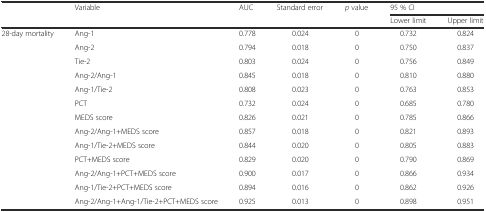
<table><thead><tr><td rowspan="2"></td><td rowspan="2"><b>Variable</b></td><td rowspan="2"><b>AUC</b></td><td rowspan="2"><b>Standard error</b></td><td rowspan="2"><b><i>p</i> value</b></td><td colspan="2"><b>95 % CI</b></td></tr><tr><td><b>Lower limit</b></td><td><b>Upper limit</b></td></tr></thead><tbody><tr><td>28-day mortality</td><td>Ang-1</td><td>0.778</td><td>0.024</td><td>0</td><td>0.732</td><td>0.824</td></tr><tr><td></td><td>Ang-2</td><td>0.794</td><td>0.018</td><td>0</td><td>0.750</td><td>0.837</td></tr><tr><td></td><td>Tie-2</td><td>0.803</td><td>0.024</td><td>0</td><td>0.756</td><td>0.849</td></tr><tr><td></td><td>Ang-2/Ang-1</td><td>0.845</td><td>0.018</td><td>0</td><td>0.810</td><td>0.880</td></tr><tr><td></td><td>Ang-1/Tie-2</td><td>0.808</td><td>0.023</td><td>0</td><td>0.763</td><td>0.853</td></tr><tr><td></td><td>PCT</td><td>0.732</td><td>0.024</td><td>0</td><td>0.685</td><td>0.780</td></tr><tr><td></td><td>MEDS score</td><td>0.826</td><td>0.021</td><td>0</td><td>0.785</td><td>0.866</td></tr><tr><td></td><td>Ang-2/Ang-1+MEDS score</td><td>0.857</td><td>0.018</td><td>0</td><td>0.821</td><td>0.893</td></tr><tr><td></td><td>Ang-1/Tie-2+MEDS score</td><td>0.844</td><td>0.020</td><td>0</td><td>0.805</td><td>0.883</td></tr><tr><td></td><td>PCT+MEDS score</td><td>0.829</td><td>0.020</td><td>0</td><td>0.790</td><td>0.869</td></tr><tr><td></td><td>Ang-2/Ang-1+PCT+MEDS score</td><td>0.900</td><td>0.017</td><td>0</td><td>0.866</td><td>0.934</td></tr><tr><td></td><td>Ang-1/Tie-2+PCT+MEDS score</td><td>0.894</td><td>0.016</td><td>0</td><td>0.862</td><td>0.926</td></tr><tr><td></td><td>Ang-2/Ang-1+Ang-1/Tie-2+PCT+MEDS score</td><td>0.925</td><td>0.013</td><td>0</td><td>0.898</td><td>0.951</td></tr></tbody></table>